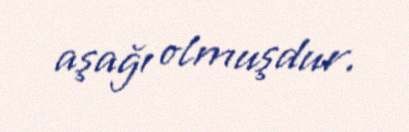
aşağı olmuşdur.